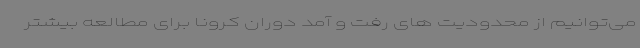
می‌توانیم از محدودیت های رفت و آمد دوران کرونا برای مطالعه بیشتر